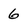
Character: 6